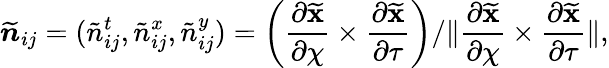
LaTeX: \widetilde{\boldsymbol{n}}_{ij}=(\tilde{n}_{ij}^{t},\tilde{n}_{ij}^{x},\tilde{n}_{ij}^{y})=\left(\frac{\partial\widetilde{\mathbf{x}}}{\partial\chi}\times\frac{\partial\widetilde{\mathbf{x}}}{\partial\tau}\right)/\| \frac{\partial\widetilde{\mathbf{x}}}{\partial\chi}\times\frac{\partial\widetilde{\mathbf{x}}}{\partial\tau}\| ,